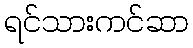
ရင်သားကင်ဆာ